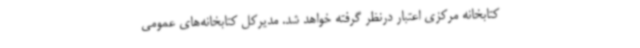
کتابخانه مرکزی اعتبار درنظر گرفته خواهد شد. مدیرکل کتابخانه‌های عمومی